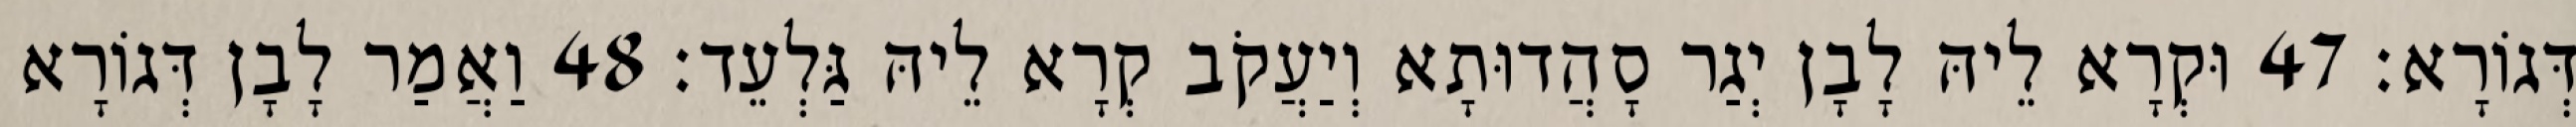
דְּגוֹרָא׃ 47 וּקְרָא לֵיהּ לָבָן יְגַר סָהֲדוּתָא וְיַעֲקֹב קְרָא לֵיהּ גַּלְעֵד׃ 48 וַאֲמַר לָבָן דְּגוֹרָא